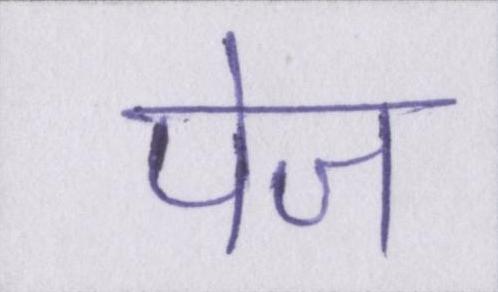
पेज